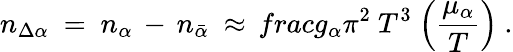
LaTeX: n_{\Delta\alpha}\ =\ n_{\alpha}\, -\, n_{\bar{\alpha}}\ \approx\, frac{g_{\alpha}}{\pi^{2}}\ T^{3}\ \Big(\frac{\mu_{\alpha}}{T}\Big)\ .